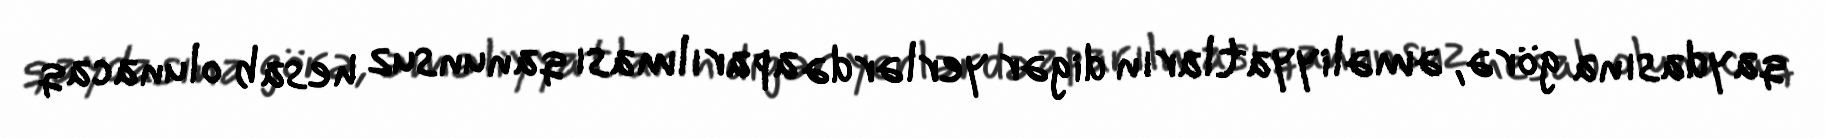
qaydasına görə, əməliyyatların digər yerlərdə aparılması qanunsuz hesab olunacaq